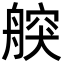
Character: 𦩤